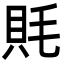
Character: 㲘